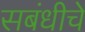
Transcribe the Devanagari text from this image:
सबंधीचे